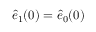
\hat { e } _ { 1 } ( 0 ) = \hat { e } _ { 0 } ( 0 )